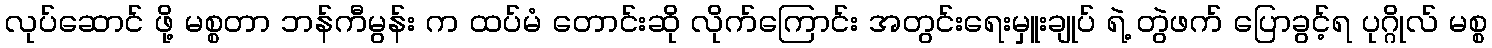
လုပ်ဆောင် ဖို့ မစ္စတာ ဘန်ကီမွန်း က ထပ်မံ တောင်းဆို လိုက်ကြောင်း အတွင်းရေးမှူးချုပ် ရဲ့ တွဲဖက် ပြောခွင့်ရ ပုဂ္ဂိုလ် မစ္စ